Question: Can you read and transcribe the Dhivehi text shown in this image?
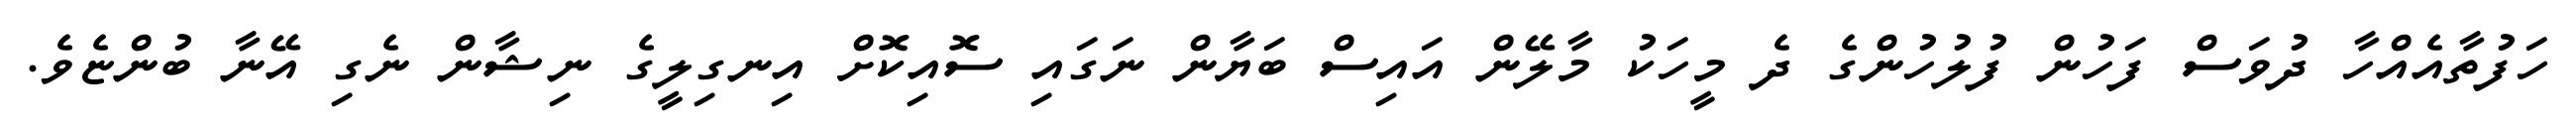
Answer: ހަފުތާއެއްހާ ދުވަސް ފަހުން ފުލުހުންގެ ދެ މީހަކު މާލޭން އައިސް ބަޔާން ނަގައި ސޮއިކޮށް އިނގިލީގެ ނިޝާން ނެގި އޭނާ ބުންޏެވެ.